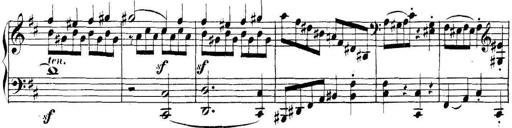
Title: Collected Piano Sonatas
Composer: Muzio Clementi